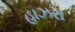
હાઝરા